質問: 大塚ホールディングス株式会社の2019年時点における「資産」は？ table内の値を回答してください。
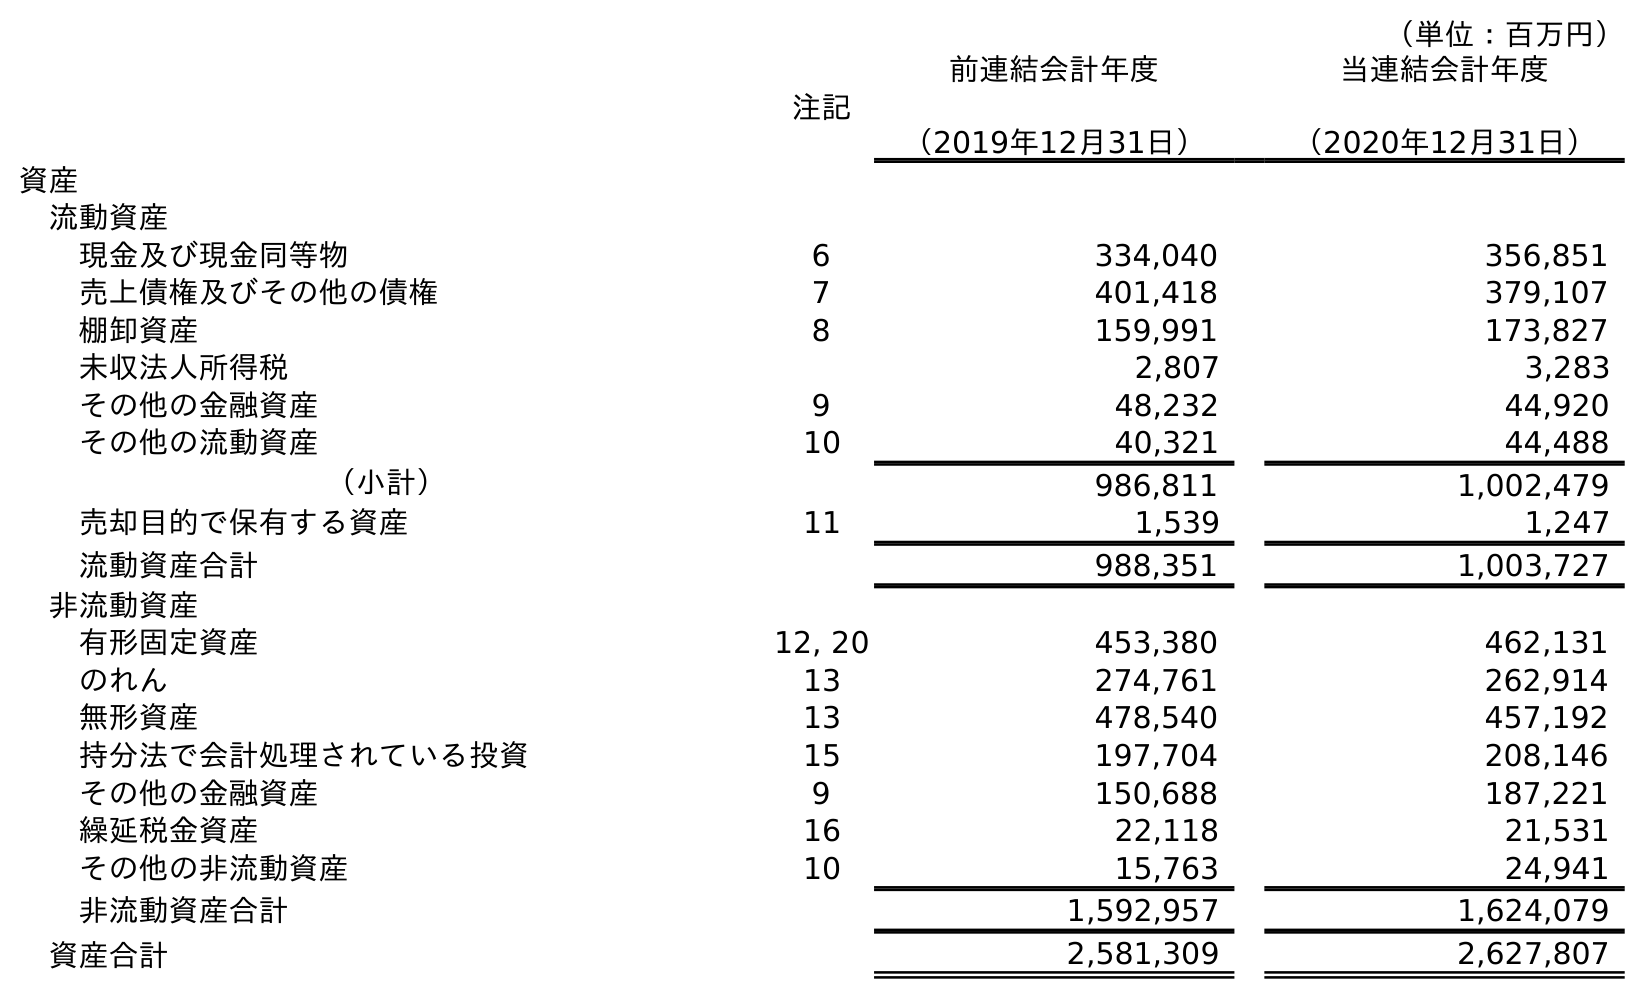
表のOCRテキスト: （単位：百万円） 注記 前連結会計年度 （2019年12月31日） 当連結会計年度 （2020年12月31日） 資産 流動資産 現金及び現金同等物 6 334,040 356,851 売上債権及びその他の債権 7 401,418 379,107 棚卸資産 8 159,991 173,827 未収法人所得税 2,807 3,283 その他の金融資産 9 48,232 44,920 その他の流動資産 10 40,321 44,488 （小計） 986,811 1,002,479 売却目的で保有する資産 11 1,539 1,247 流動資産合計 988,351 1,003,727 非流動資産 有形固定資産 12, 20 453,380 462,131 のれん 13 274,761 262,914 無形資産 13 478,540 457,192 持分法で会計処理されている投資 15 197,704 208,146 その他の金融資産 9 150,688 187,221 繰延税金資産 16 22,118 21,531 その他の非流動資産 10 15,763 24,941 非流動資産合計 1,592,957 1,624,079 資産合計 2,581,309 2,627,807
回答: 2,581,309